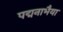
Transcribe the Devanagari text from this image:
पद्मनाभैया